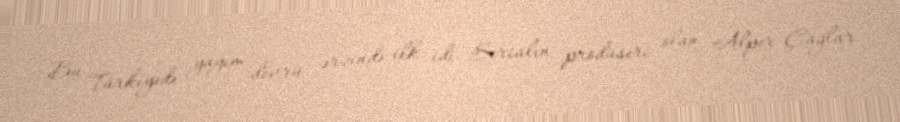
Bu Türkiyədə yayım dövrü ərzində ilk idi. Serialın prodüseri olan Alper Çağlar